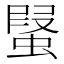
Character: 𧎂